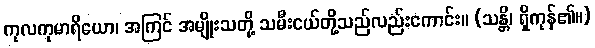
ကုလကုမာရိယော၊ အကြင် အမျိုးသတို့ သမီးငယ်တို့သည်လည်းကောင်း။ (သန္တိ၊ ရှိကုန်၏။)